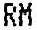
RM